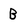
Character: B